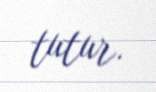
tutur.